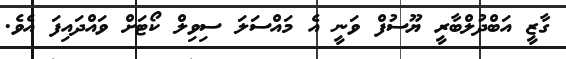
ގާޒީ އަބްދުލްބާރީ ޔޫސުފް ވަނީ އެ މައްސަލަ ސިވިލް ކޯޓަށް ވައްދައިފަ އެވެ.